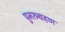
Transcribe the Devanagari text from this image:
पुनरुग्रहण